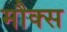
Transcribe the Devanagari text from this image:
मौक्स